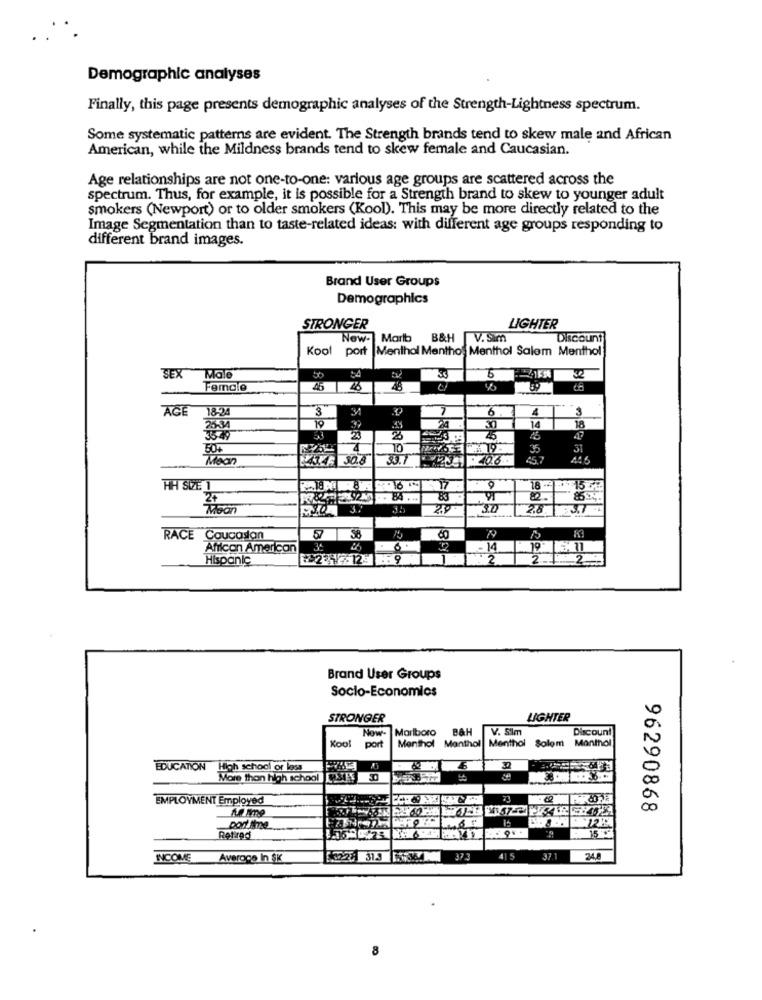
Demographic analyses
Finally, this page presents demographic analyses of the Strength-Lightness spectrum.
Some systematic patterns are evident. The Strength brands tend to skew male and African
American, while the Mildness brands tend to skew female and Caucasian.
Age relationships are not one-to-one: various age groups are scattered across the
spectrum. Thus, for example, it is possible for a Strength brand to skew to younger adult
smokers (Newport) or to older smokers (Kool). This may be more directly related to the
Image Segmentation than to taste-related ideas: with different age groups responding to
different brand images.
Brand User Groups
Demographics
STRONGER
LIGHTER
New- Marlb B&H
V.Sim
Discount
Kool port
Menthol Menthos Menthol Salem Menthol
SEX
Male
50
04
33
32
Female
25
ACE
185
3
6
4
3
To
18
14
50%
10
Mean
24146 30.8
44.6
HH SIVE 1
17
18 -
BA ...
83
Moon
35
23
30
2.8
RACE Caucasian
79
Afilcon American
-14
14
Hispanic
.9
2
Brand User Groups
Socio-Economics
STRONGER
LIGHTER
Marlboro
B&H
V. Sim
Discount
Kool
port
Menthol Solom
Maninol
Menthol Monthol
EDUCATION
High school or less
More thon high school [SES
EMPLOYMENT Employed
96290868
16
Retired
INCOME Average In SK
[ 32-27)
31.3
37.3
41 5
37.1
34,8